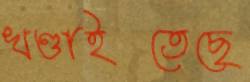
খণ্ডাইতেছে